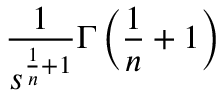
{ \frac { 1 } { s ^ { { \frac { 1 } { n } } + 1 } } } \Gamma \left( { \frac { 1 } { n } } + 1 \right)